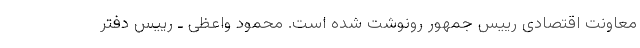
معاونت اقتصادی رییس جمهور رونوشت شده است. محمود واعظی ـ رییس دفتر